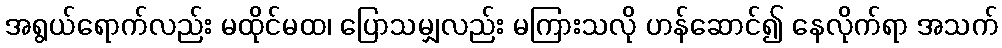
အရွယ်ရောက်လည်း မထိုင်မထ၊ ပြောသမျှလည်း မကြားသလို ဟန်ဆောင်၍ နေလိုက်ရာ အသက်